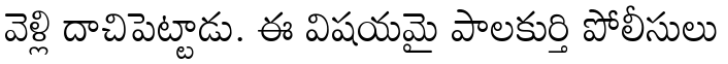
వెళ్లి దాచిపెట్టాడు. ఈ విషయమై పాలకుర్తి పోలీసులు